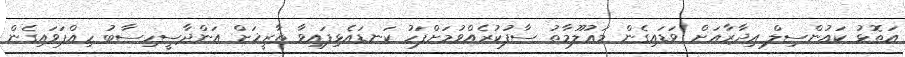
އަތޮޅު ކައުންސިލް އިދާރާއަށް ވަޑައިގެން މަޢުލޫމާތު ސާފުކުރެއްވުމަށްފަހު ކަނޑައެޅިފައިވާ ތާރީޚަށް އަންދާސީހިސާބު ހިއްޕަވައިގެން